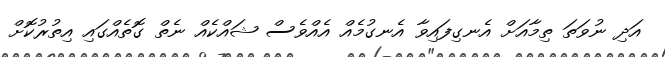
އަދި ނުވަތަ ތިމާއަށް އެނގިފައިވާ އެނގުމެއް އެއްވެސް ޝައްކެއް ނެތް ގޮތެއްގައި އިތުރުކޮށް